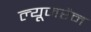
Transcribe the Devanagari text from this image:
ल्यूजरैन